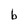
Character: b